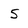
Character: 5